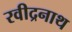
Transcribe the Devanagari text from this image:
रवीद्रनाथ